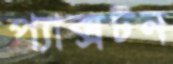
প্যাক্সটন